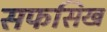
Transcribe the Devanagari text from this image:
सफसिख